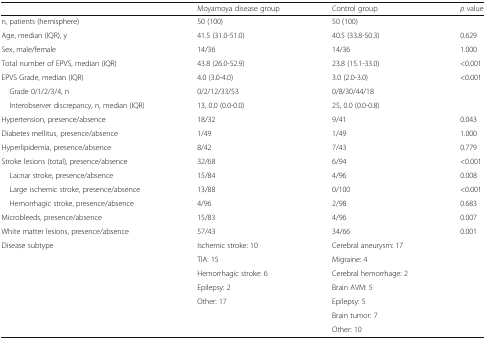
<table><thead><tr><td></td><td><b>Moyamoya disease group</b></td><td><b>Control group</b></td><td><b><i>p</i> value</b></td></tr></thead><tbody><tr><td>n, patients (hemisphere)</td><td>50 (100)</td><td>50 (100)</td><td></td></tr><tr><td>Age, median (IQR), y</td><td>41.5 (31.0-51.0)</td><td>40.5 (33.8-50.3)</td><td>0.629</td></tr><tr><td>Sex, male/female</td><td>14/36</td><td>14/36</td><td>1.000</td></tr><tr><td>Total number of EPVS, median (IQR)</td><td>43.8 (26.0-52.9)</td><td>23.8 (15.1-33.0)</td><td>&lt;0.001</td></tr><tr><td>EPVS Grade, median (IQR)</td><td>4.0 (3.0-4.0)</td><td>3.0 (2.0-3.0)</td><td>&lt;0.001</td></tr><tr><td> Grade 0/1/2/3/4, n</td><td>0/2/12/33/53</td><td>0/8/30/44/18</td><td></td></tr><tr><td> Interobserver discrepancy, n, median (IQR)</td><td>13, 0.0 (0.0-0.0)</td><td>25, 0.0 (0.0-0.8)</td><td></td></tr><tr><td>Hypertension, presence/absence</td><td>18/32</td><td>9/41</td><td>0.043</td></tr><tr><td>Diabetes mellitus, presence/absence</td><td>1/49</td><td>1/49</td><td>1.000</td></tr><tr><td>Hyperlipidemia, presence/absence</td><td>8/42</td><td>7/43</td><td>0.779</td></tr><tr><td>Stroke lesions (total), presence/absence</td><td>32/68</td><td>6/94</td><td>&lt;0.001</td></tr><tr><td> Lacnar stroke, presence/absence</td><td>15/84</td><td>4/96</td><td>0.008</td></tr><tr><td> Large ischemic stroke, presence/absence</td><td>13/88</td><td>0/100</td><td>&lt;0.001</td></tr><tr><td> Hemorrhagic stroke, presence/absence</td><td>4/96</td><td>2/98</td><td>0.683</td></tr><tr><td>Microbleeds, presence/absence</td><td>15/83</td><td>4/96</td><td>0.007</td></tr><tr><td>White matter lesions, presence/absence</td><td>57/43</td><td>34/66</td><td>0.001</td></tr><tr><td rowspan="7">Disease subtype</td><td>Ischemic stroke: 10</td><td>Cerebral aneurysm: 17</td><td rowspan="4"></td></tr><tr><td>TIA: 15</td><td>Migraine: 4</td></tr><tr><td>Hemorrhagic stroke: 6</td><td>Cerebral hemorrhage: 2</td></tr><tr><td>Epilepsy: 2</td><td>Brain AVM: 5</td></tr><tr><td>Other: 17</td><td>Epilepsy: 5</td><td></td></tr><tr><td></td><td>Brain tumor: 7</td><td></td></tr><tr><td></td><td>Other: 10</td><td></td></tr></tbody></table>